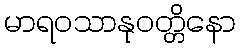
မာရဝသာနုဝတ္တိနော